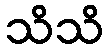
သိသိ